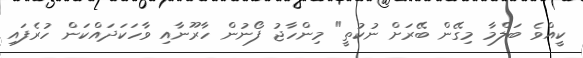
ކީއްވެ ބަލްމާ މިގޭން ބޭރަށް ނުކުތީ" މިންހާޖު ފޯނުން ހާރޫނާއި ވާހަކަދައްކަން ހުރެފައި